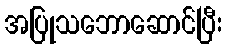
အပြုသဘောဆောင်ပြီး